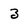
Character: z